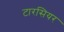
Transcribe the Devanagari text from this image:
टारसियर